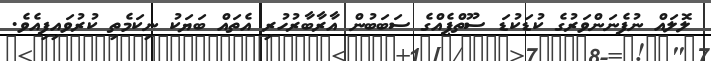
ލޮލައް ނުފެނަންވަރުގެ ކުޑަކުޑަ ސޫތްޕެއްގެ ސަބަބުން އާރާބާރުހުރި އެތައް ބަޔަކު ނިކަމެތި ކުރުވައިފިއެވެ.